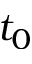
t _ { 0 }